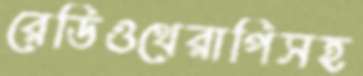
রেডিওথেরাপিসহ